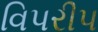
વિપરીપ